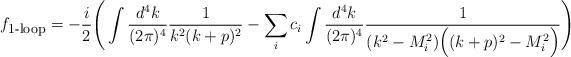
LaTeX: \begin{align*}f_{\mbox{\footnotesize 1-loop}} =- \frac{i}{2}\Bigg(\int\frac{d^4k}{(2\pi)^4} \frac{1}{k^2 (k+p)^2}- \sum\limits_i c_i \int\frac{d^4k}{(2\pi)^4}\frac{1}{(k^2-M_i^2)\Big((k+p)^2-M_i^2\Big)}\Bigg)\end{align*}